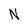
Character: N